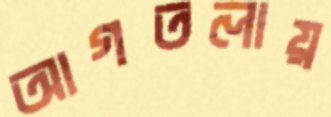
আগতলায়